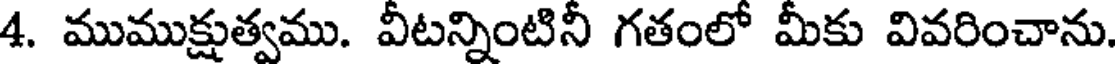
4. ముముక్షుత్వము. వీటన్నింటినీ గతంలో మీకు వివరించాను